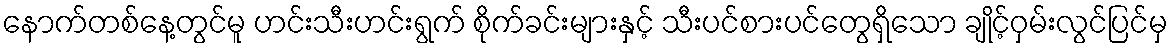
နောက်တစ်နေ့တွင်မူ ဟင်းသီးဟင်းရွက် စိုက်ခင်းများနှင့် သီးပင်စားပင်တွေရှိသော ချိုင့်ဝှမ်းလွင်ပြင်မှ